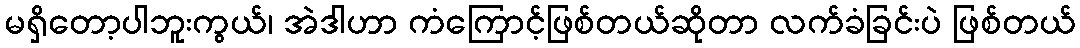
မရှိတော့ပါဘူးကွယ်၊ အဲဒါဟာ ကံကြောင့်ဖြစ်တယ်ဆိုတာ လက်ခံခြင်းပဲ ဖြစ်တယ်